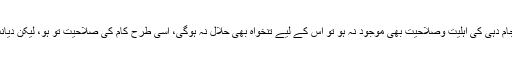
باقی تنخواہ کا مسئلہ یہ ہے کہ اگر اس طرح ڈگری حاصل کرنے کے ساتھ مفوضہ کام کی انجام دہی کی اہلیت وصلاحیت بھی موجود نہ ہو تو اس کے لیے تنخواہ بھی حلال نہ ہوگی، اسی طرح کام کی صلاحیت تو ہو، لیکن دیانت داری سے ذمہ داری انجام نہ دے تو جس قدر خیانت کرے گا اس قدر معاوضہ ناجائز ہوگا۔